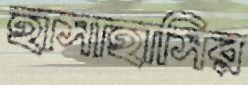
হাসাহাসির